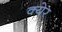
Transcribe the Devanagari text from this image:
क्येर